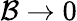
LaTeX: \mathcal{B}\rightarrow0